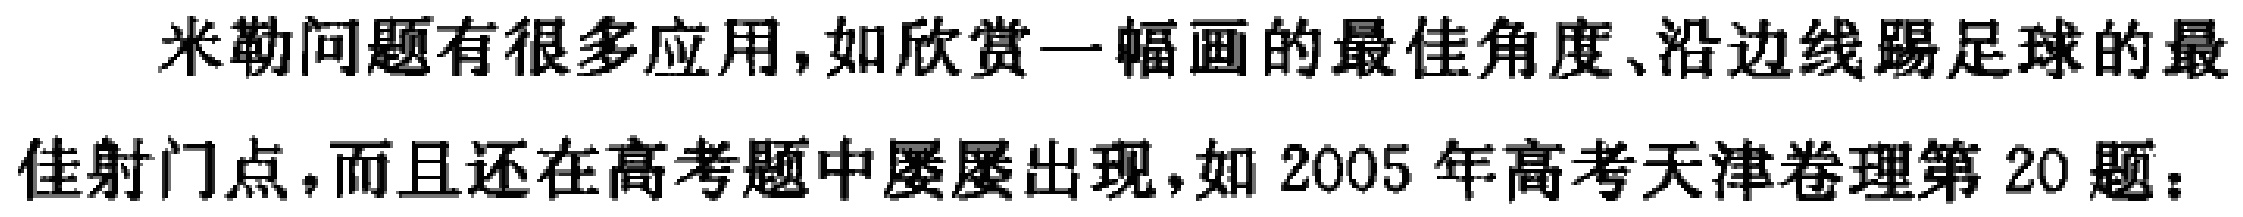
米勒问题有很多应用，如欣赏一幅画的最佳角度、沿边线踢足球的最佳射门点，而且还在高考题中屡屡出现，如2005 年高考天津卷理第20 题：